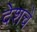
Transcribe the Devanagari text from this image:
देशचे